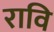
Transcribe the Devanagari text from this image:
रावि